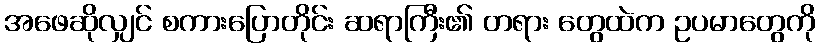
အဖေဆိုလျှင် စကားပြောတိုင်း ဆရာကြီး၏ တရား တွေထဲက ဥပမာတွေကို